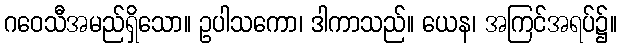
ဂဝေသီအမည်ရှိသော။ ဥပါသကော၊ ဒါကာသည်။ ယေန၊ အကြင်အရပ်၌။